Newspaper: Daily independent. [volume]
Place of publication: Elko, Nev.
Publisher: S.S. Sears & C.C.S. Wright
Date: 1895-06-28 00:00:00
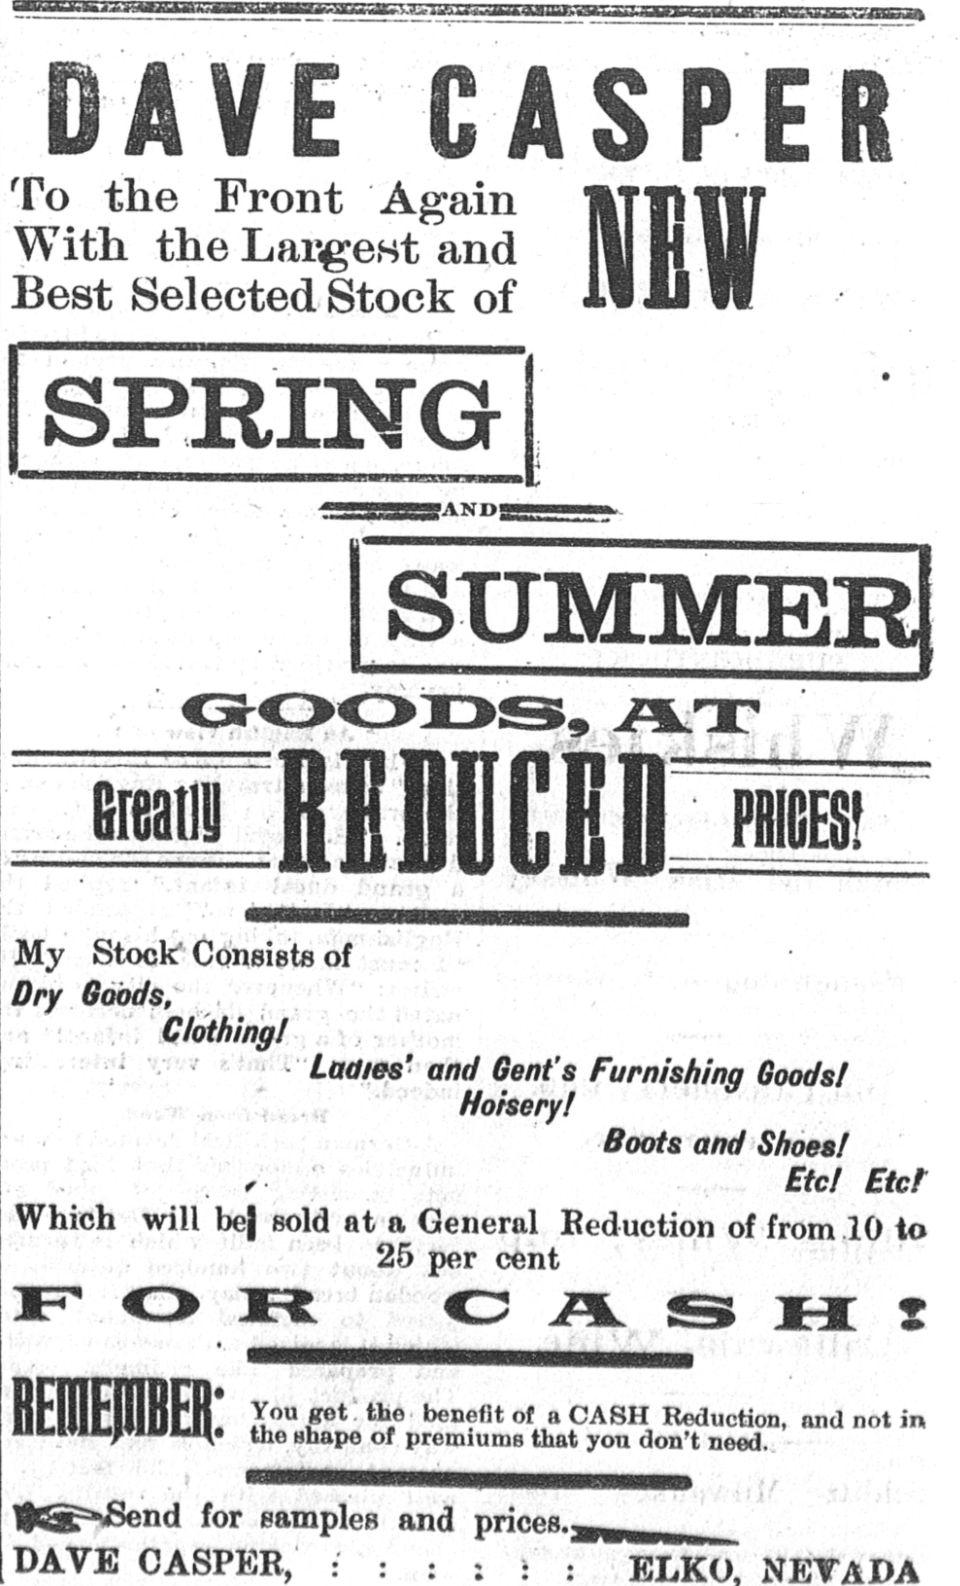
Advertisement text (OCR):
DAYE 0ASPER the Front Again HfPlir the Largest and 111 El M Selected Stock of 11JJ I? 1 summer] GOODS, AT . ? J ? w ;? . i: eteai RBIHIHKIl mm % f , ? ;c?f- > Stock Consists of Goods, Clothing! ? Ladies' and Gent's Furnishing GoodsI Hoisery! Boots and ShoesI ,. Etc! Etct will be| Bold at a General Reduction of from 10 to 25 per cent CASH! * ???????????????????????? BHllrUlKFR ^ou the benefit of a CASH Reduction, and not in LIULpiUU^ the abapo of premiums that you don't need. ??????????????I for samples and p^inon mmm ::::::
Label: text-only